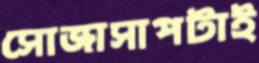
সোজাসাপটাই